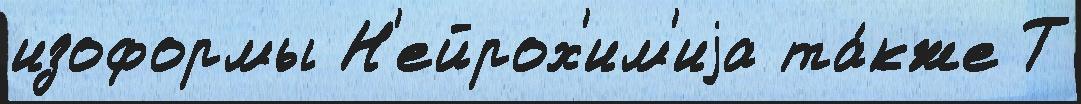
изоформы Н'ейрох'им'иjа та́кже Т